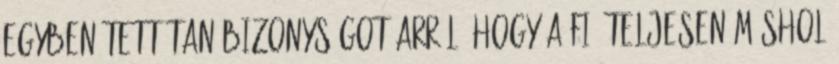
egyben tett tanúbizonyságot arról, hogy a fiú teljesen máshol